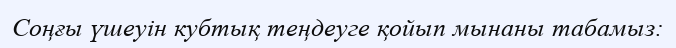
Соңғы үшеуін кубтық теңдеуге қойып мынаны табамыз: